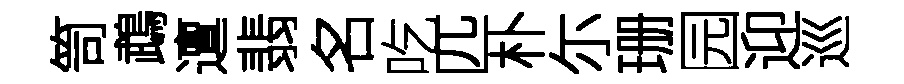
笥鵡邅翡名吃匹朴尓珊园迎巡